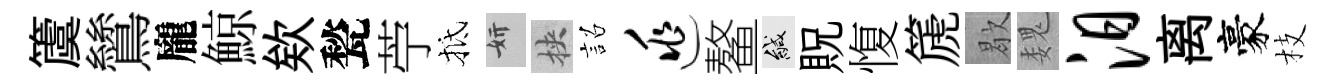
𥵂鷥龐鯨欸甃苧抵妍挾詔逃鳌緘貺愎篪歇魏汨离豪枝